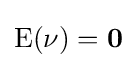
\operatorname {E} (\mathbf {\nu } )=\mathbf {0}